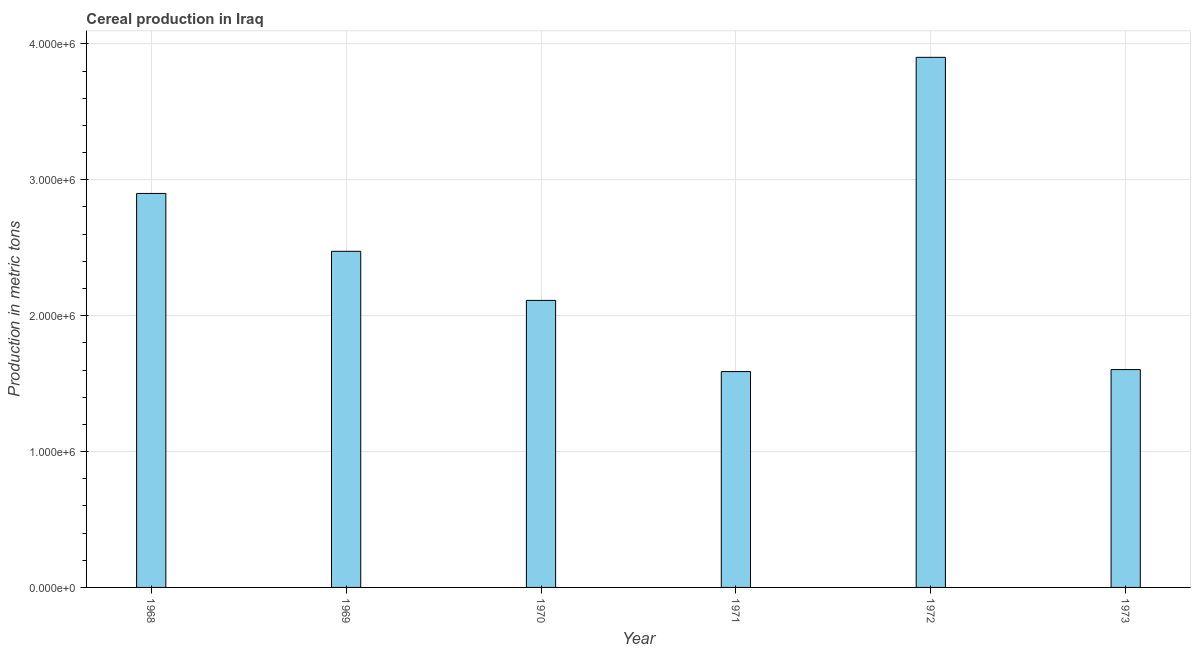
| Year | Cereal production |
 | --- | --- |
 | 1968 | 2.9e+06 |
 | 1969 | 2.47e+06 |
 | 1970 | 2.11e+06 |
 | 1971 | 1.59e+06 |
 | 1972 | 3.9e+06 |
 | 1973 | 1.6e+06 |